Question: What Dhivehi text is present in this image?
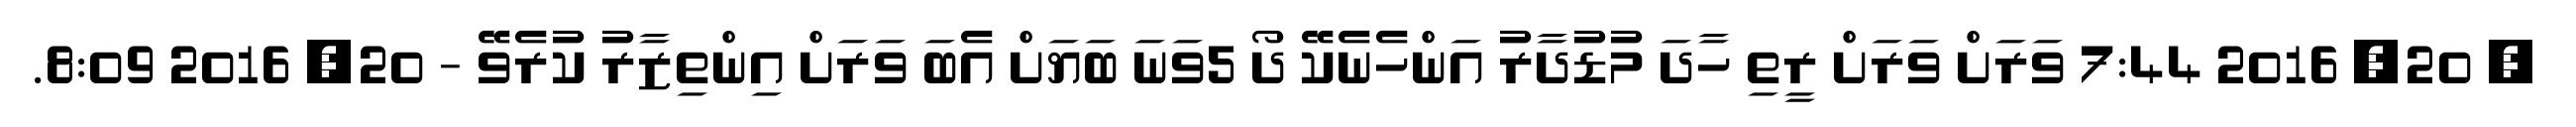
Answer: ? 20, 2016 7:44 ވަރަށް ވަރަށް ރީތި ހާދަ މުޑުދާރު އަންހެނެކޭ ދޯ 5ވަނަ ބަޔަށް އެބަ ވަރަށް އިންތިޒާރު ކުރެވޭ - 20, 2016 8:09.